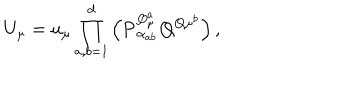
U _ { \mu } = u _ { \mu } \prod _ { a , b = 1 } ^ { d } \left( { \mathbf { P } } _ { \alpha _ { a b } } ^ { Q _ { \mu } ^ { a } } { \mathbf { Q } } ^ { Q { \mu } ^ { b } } \right) ,